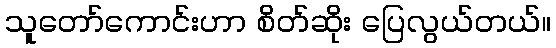
သူတော်ကောင်းဟာ စိတ်ဆိုး ပြေလွယ်တယ်။